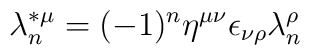
\lambda ^{*\mu }_n=(-1)^n \eta ^{\mu \nu }\epsilon _{\nu \rho}\lambda ^{\rho}_n